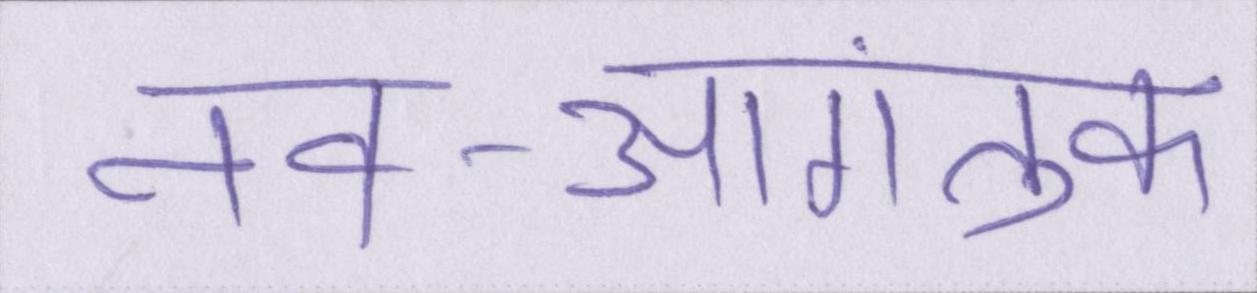
नव-आगंतुक